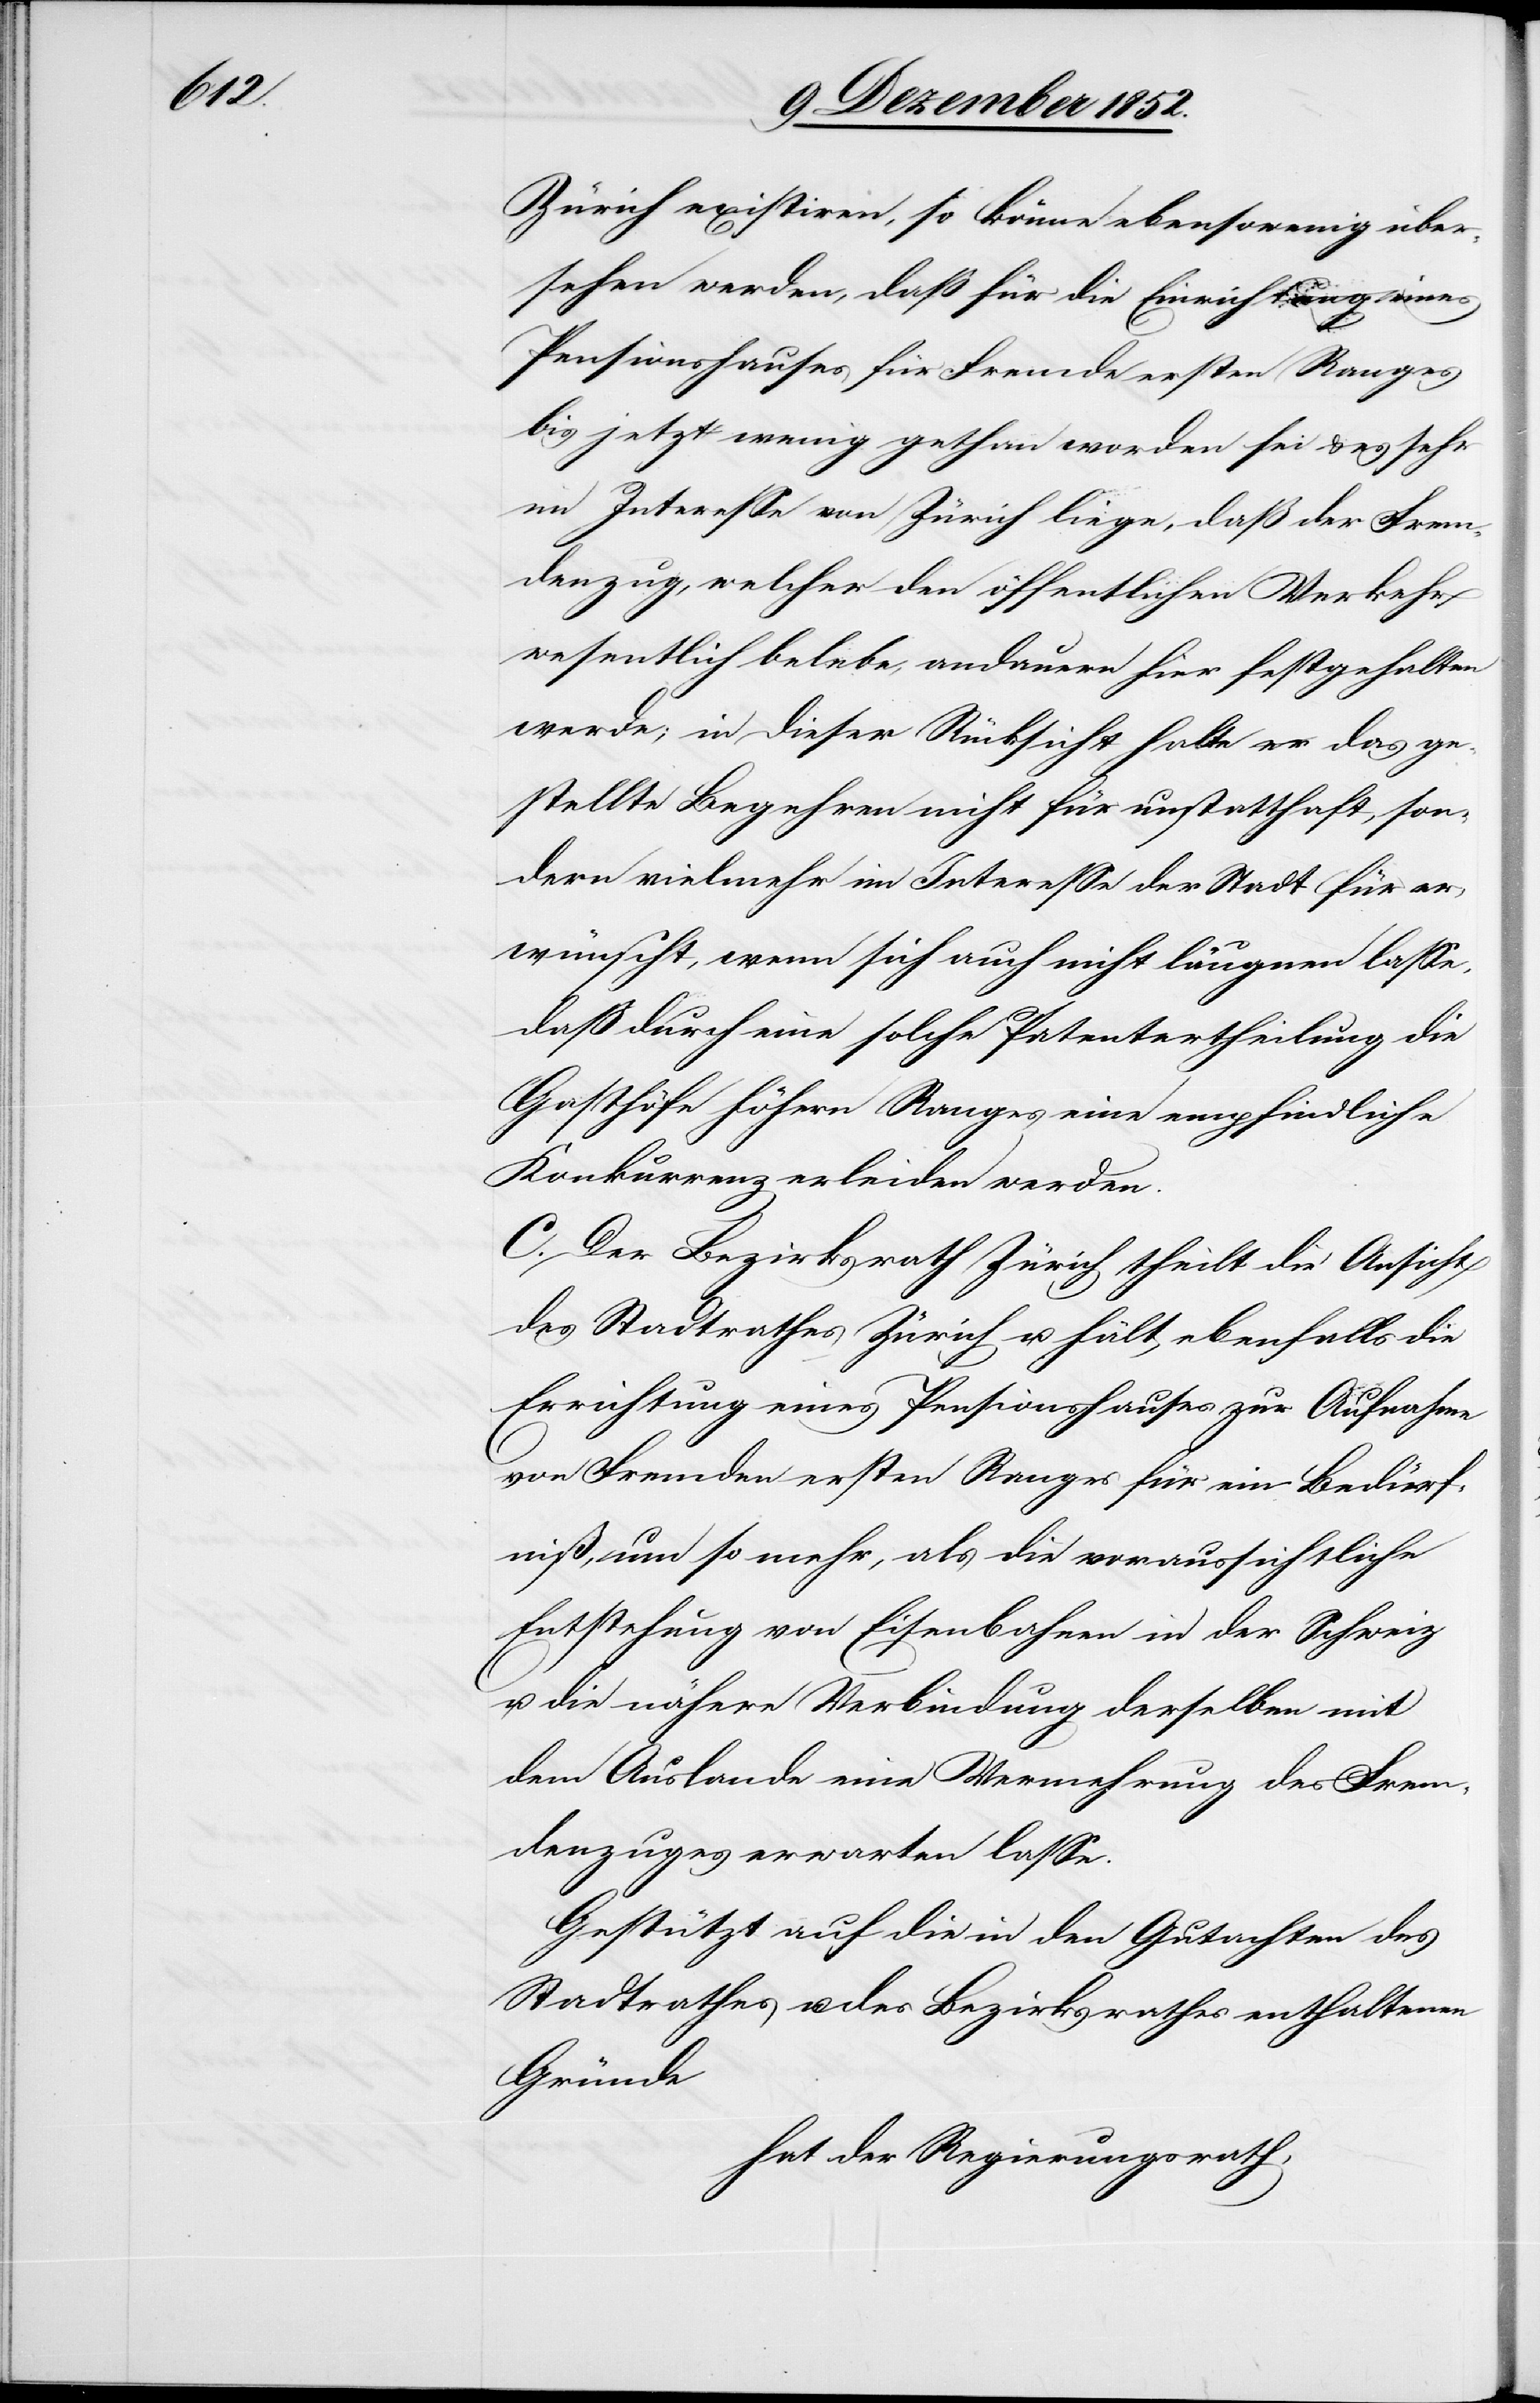
Zürich existiren, so könne ebensowenig über¬
sehen werden, daß für die Einrichtung eines
Pensionshauses für Fremde ersten Ranges
bis jetzt wenig gethan worden sei & es sehr
im Interesse von Zürich liege, daß der Frem¬
denzug, welcher den öffentlichen Verkehr
wesentlich belebe, andauern[d] hier festgehalten
werde; in dieser Rücksicht halte er das ge¬
stellte Begehren nicht für unstatthaft, son¬
dern vielmehr im Interesse der Stadt für er¬
wünscht, wenn sich auch nicht läugnen lasse,
daß durch eine solche Patentertheilung die
Gasthöfe höhern Ranges eine empfindliche
Konkurrenz erleiden werden.
C. Der Bezirksrath Zürich theilt die Ansicht
des Stadtrathes Zürich u. hält ebenfalls die
Errichtung eines Pensionshauses zur Aufnahme
von Fremden ersten Ranges für ein Bedürf¬
niß, um so mehr, als die voraussichtliche
Entstehung von Eisenbahnen in der Schweiz
u. die nähere Verbindung derselben mit
dem Auslande eine Vermehrung des Frem¬
denzuges erwarten lasse.
Gestützt auf die in den Gutachten des
Stadtrathes u. des Bezirksrathes enthaltenen
Gründe
hat der Regierungsrath,